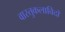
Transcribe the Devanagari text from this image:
वास्तुकलाविदों